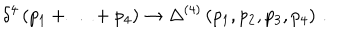
\delta ^ { 4 } \left( p _ { 1 } + \ldots + p _ { 4 } \right) \to \Delta ^ { ( 4 ) } \left( p _ { 1 } , p _ { 2 } , p _ { 3 } , p _ { 4 } \right) \, .